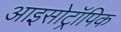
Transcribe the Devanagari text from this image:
आइसोट्रॉपिक